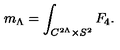
m _ { \Lambda } = \int _ { C ^ { 2 \Lambda } \times S ^ { 2 } } F _ { 4 } .